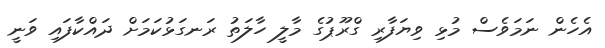
އެހެން ނަމަވެސް މުޅި ވިޔަފާރި ގްރޫޕުގެ މާލީ ހާލަތު ރަނގަޅުކަމަށް ދައްކާފައި ވަނީ